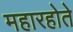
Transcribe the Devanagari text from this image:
महारहोते